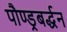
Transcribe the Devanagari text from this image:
पौण्ड्रबर्द्धन